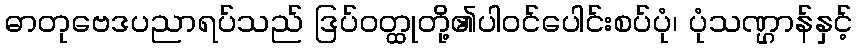
ဓာတုဗေဒပညာရပ်သည် ဒြပ်ဝတ္ထုတို့၏ပါဝင်ပေါင်းစပ်ပုံ၊ ပုံသဏ္ဌာန်နှင့်